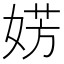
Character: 𪦀